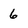
Character: 6